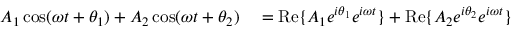
\begin{array} { r l } { A _ { 1 } \cos ( \omega t + \theta _ { 1 } ) + A _ { 2 } \cos ( \omega t + \theta _ { 2 } ) } & { { } = \operatorname { R e } \{ A _ { 1 } e ^ { i \theta _ { 1 } } e ^ { i \omega t } \} + \operatorname { R e } \{ A _ { 2 } e ^ { i \theta _ { 2 } } e ^ { i \omega t } \} } \end{array}